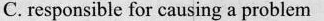
C. responsible for causing a problem